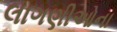
લાગણીઓના